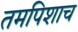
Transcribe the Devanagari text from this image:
तमपिशाच